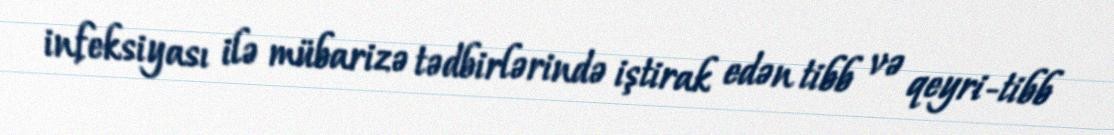
infeksiyası ilə mübarizə tədbirlərində iştirak edən tibb və qeyri-tibb